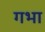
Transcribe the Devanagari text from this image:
गभा